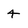
Character: 4